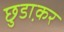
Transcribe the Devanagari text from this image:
छुडा़कर